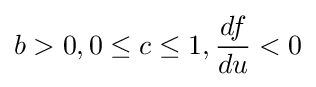
b>0,0\leq c\leq 1,{\frac {df}{du}}<0